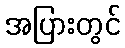
အပြားတွင်